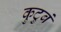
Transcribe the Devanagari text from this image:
कुटुबं